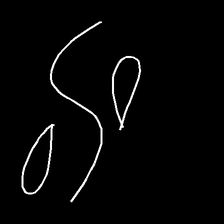
Glyph: water